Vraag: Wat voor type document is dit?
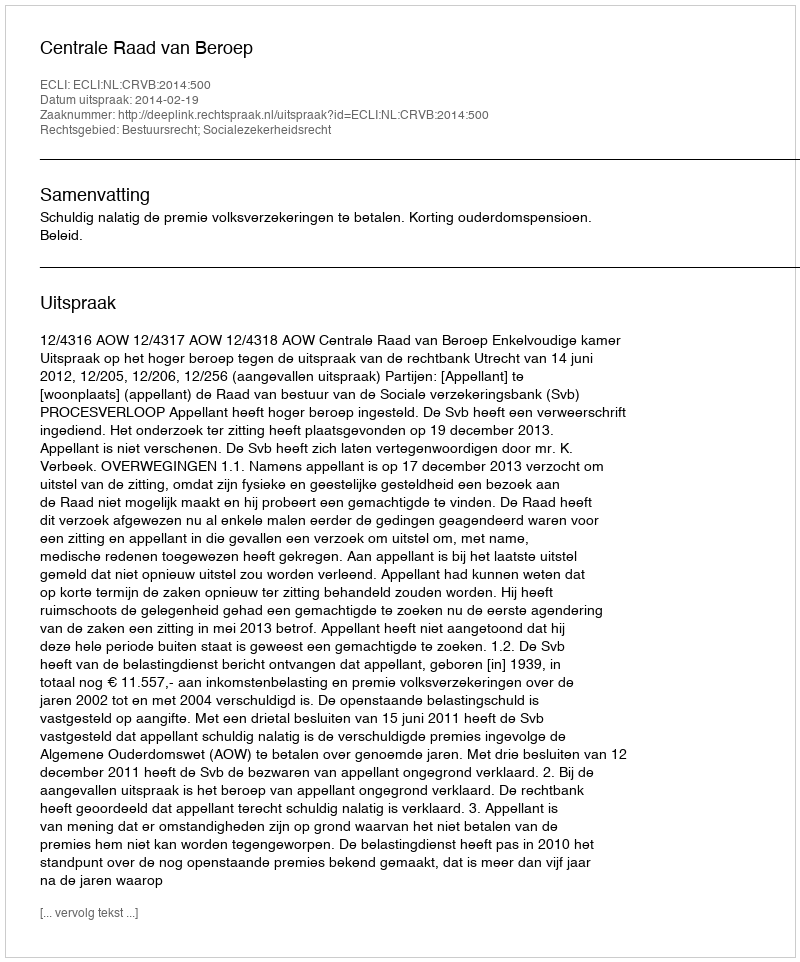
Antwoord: Uitspraak